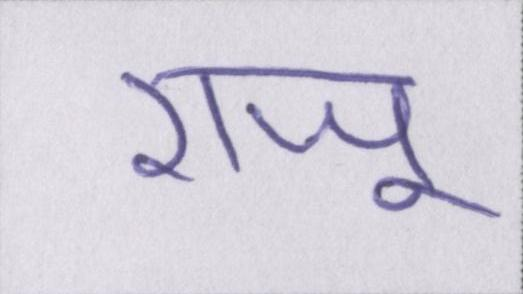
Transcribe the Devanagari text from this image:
राजू